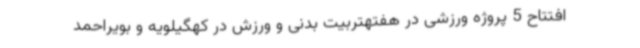
افتتاح 5 پروژه ورزشی در هفتهتربیت بدنی و ورزش در کهگیلویه و بویراحمد